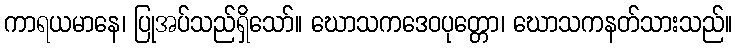
ကာရယမာနေ၊ ပြုအပ်သည်ရှိသော်။ ဃောသကဒေဝပုတ္တော၊ ဃောသကနတ်သားသည်။